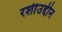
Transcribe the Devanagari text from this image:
रशीउद्दीन